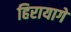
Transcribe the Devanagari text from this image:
हिरायागे